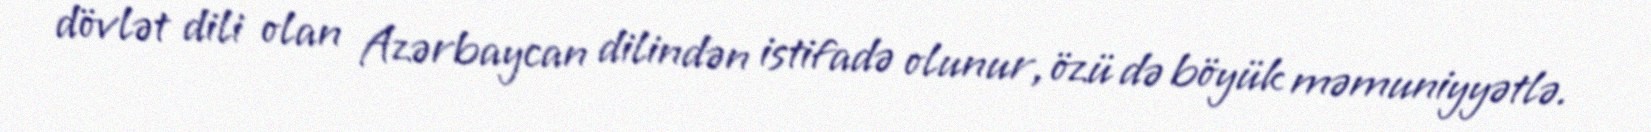
dövlət dili olan Azərbaycan dilindən istifadə olunur, özü də böyük məmuniyyətlə.